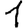
Digit: 1